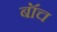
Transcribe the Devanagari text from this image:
बॉच